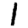
Digit: 1